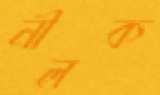
নীলক